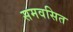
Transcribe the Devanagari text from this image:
समवसित